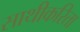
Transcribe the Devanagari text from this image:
साथीकरिता